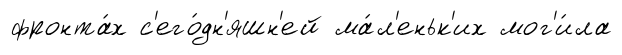
фронта́х с'его́дн'яшн'ей ма́л'еньк'их мог'и́ла